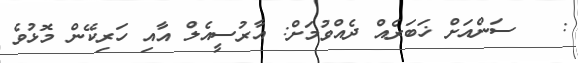
:   ސަންއަށް ޚަބަރެއް ދެއްވުމަށް: އާރުސީއެލް އާއި ހަރިކޭން މޮޅުވެ